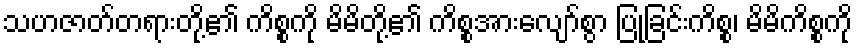
သဟဇာတ်တရားတို့၏ ကိစ္စကို မိမိတို့၏ ကိစ္စအားလျော်စွာ ပြုခြင်းကိစ္စ၊ မိမိကိစ္စကို